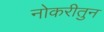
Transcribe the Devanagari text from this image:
नोकरीतुन